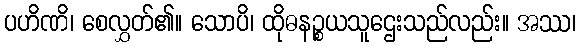
ပဟိဏိ၊ စေလွှတ်၏။ သောပိ၊ ထိုဓနဉ္စယသူဌေးသည်လည်း။ အဿ၊